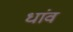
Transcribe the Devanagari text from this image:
धांव